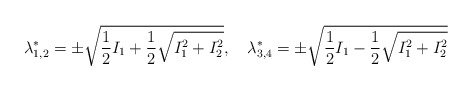
\begin{align*}\lambda^*_{1,2}=\pm \sqrt{\frac12 I_1 +\frac12 \sqrt{I_1^2+I_2^2}} ,\quad\lambda^*_{3,4}=\pm \sqrt{\frac12 I_1 -\frac12 \sqrt{I_1^2+I_2^2}}\end{align*}